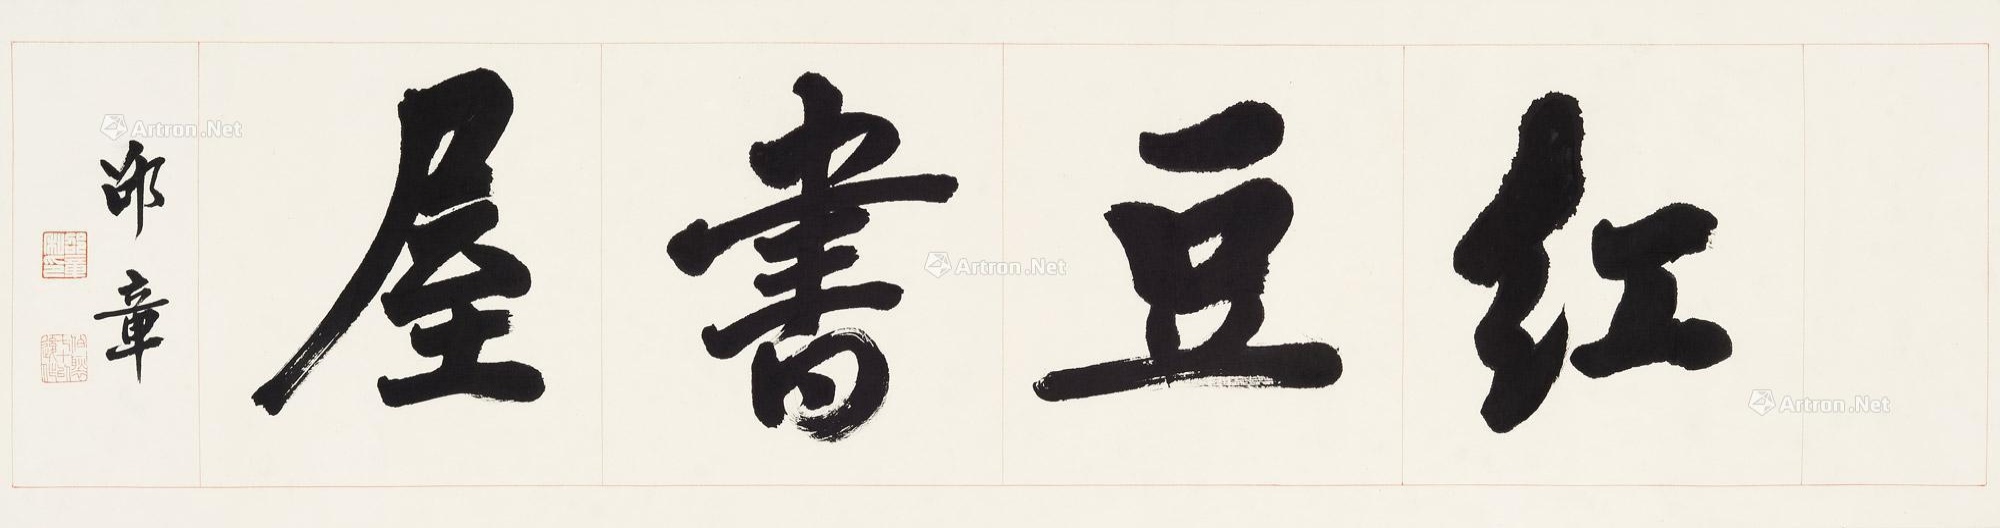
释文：红豆书屋。邵章。